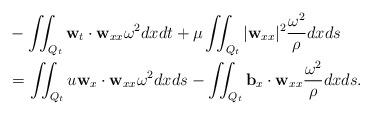
\begin{align*} &-\iint_{Q_t} \mathbf{w}_t\cdot \mathbf{w}_{xx}\omega^2 dxdt+\mu\iint_{Q_t}|\mathbf{w}_{xx}|^2\frac{\omega^2}{\rho}dxds\\ &=\iint_{Q_t} u\mathbf{w}_x\cdot \mathbf{w}_{xx}\omega^2 dxds-\iint_{Q_t} \mathbf{b}_x\cdot \mathbf{w}_{xx}\frac{\omega^2}{\rho} dxds. \end{align*}